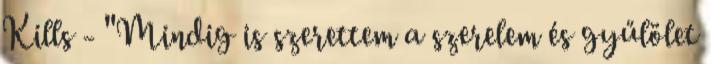
Kills - "Mindig is szerettem a szerelem és gyűlölet